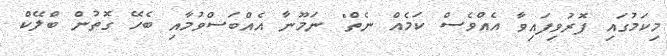
މިކަމުގައި ފޮރުވިފައިވާ އެއްވެސް ކަމެއް ނެތް" ނަމޫނާ އެއްބަސްވުމާއި ބެހޭ ގޮތުން ބްލޭކް